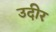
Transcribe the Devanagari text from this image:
उदीर